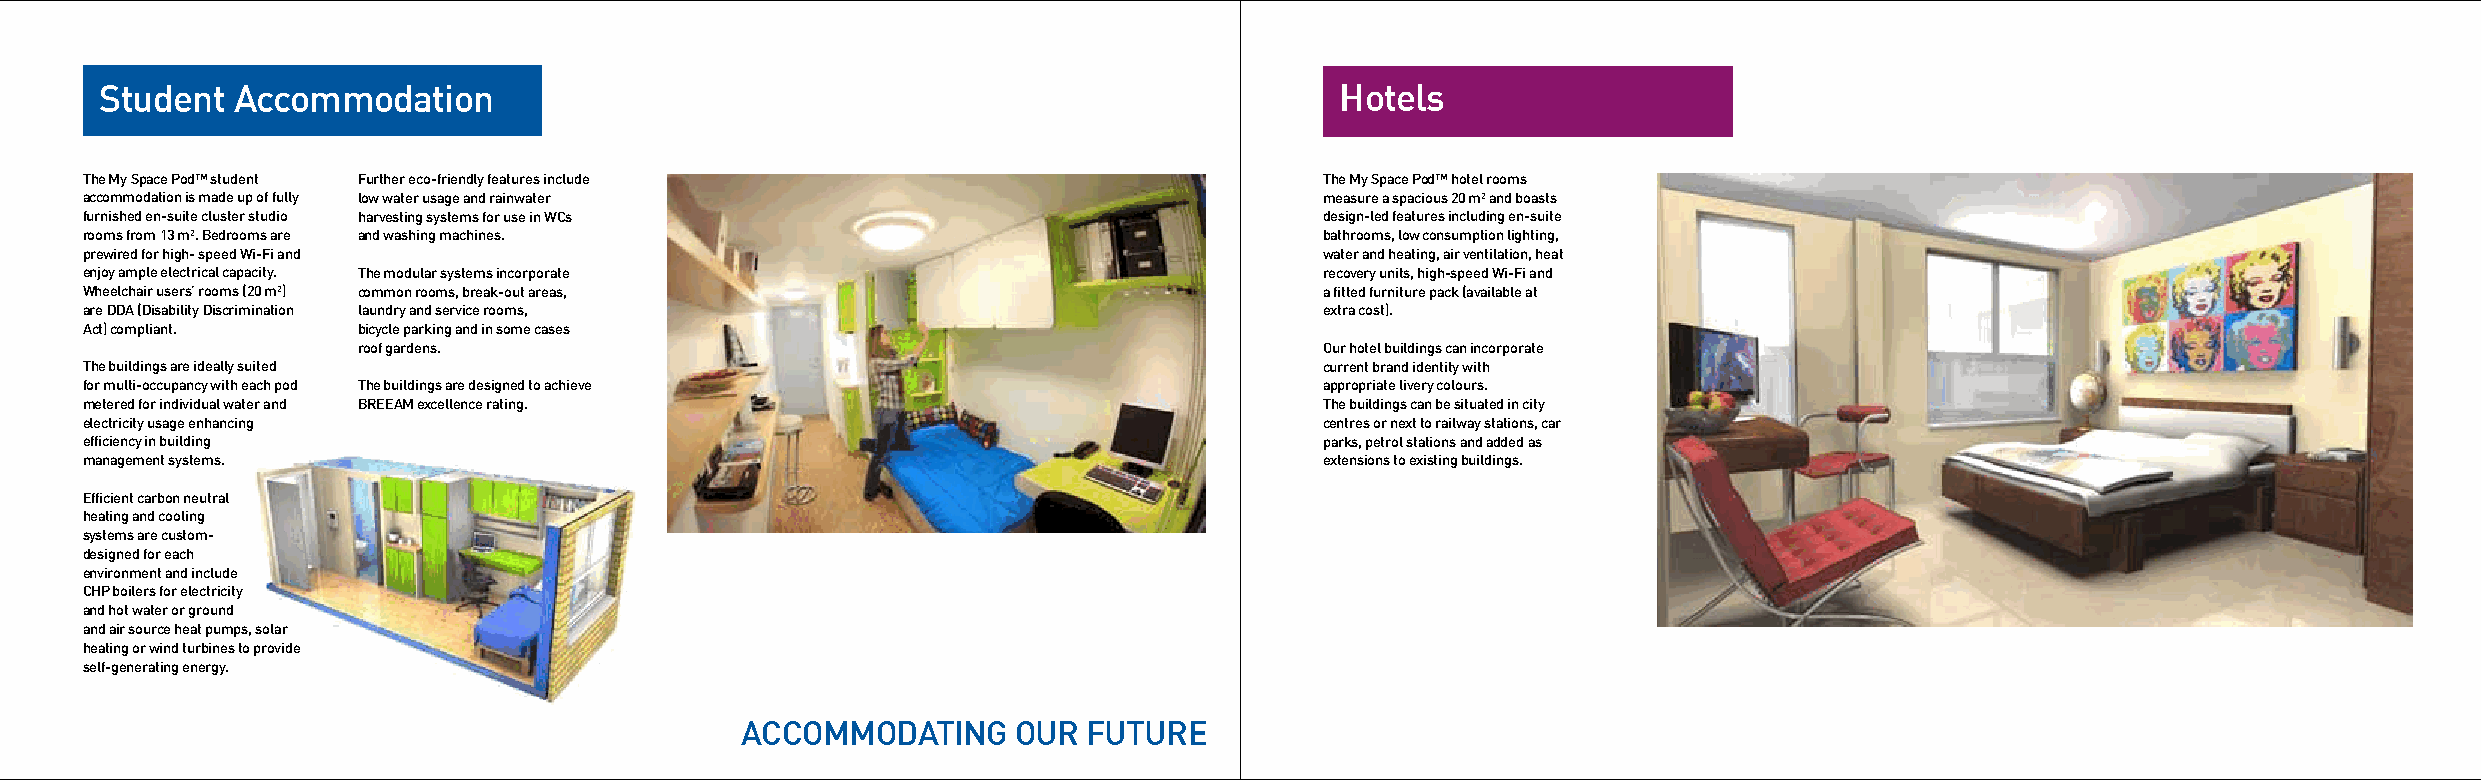
student accommodation                                                             hotels
 the My space pod™ student further eco-friendly features include                    the My space pod™ hotel rooms
 accommodation is made up of fully low water usage and rainwater                    measure a spacious 20 m² and boasts
 furnished en-suite cluster studio harvesting systems for use in Wcs                design-led features including en-suite
 rooms from 13 m². bedrooms are and washing machines.                               bathrooms, low consumption lighting,
 prewired for high- speed Wi-fi and                                                 water and heating, air ventilation, heat
 enjoy ample electrical capacity. the modular systems incorporate                   recovery units, high-speed Wi-fi and
 Wheelchair users’ rooms (20 m²) common rooms, break-out areas,                     a fitted furniture pack (available at
 are dda (disability discrimination laundry and service rooms,                      extra cost).
 act) compliant.    bicycle parking and in some cases
 roof gardens.                                                   our hotel buildings can incorporate
 the buildings are ideally suited                                                   current brand identity with
 for multi-occupancy with each pod the buildings are designed to achieve            appropriate livery colours.
 metered for individual water and breeaM excellence rating.                         the buildings can be situated in city
 electricity usage enhancing                                                        centres or next to railway stations, car
 efficiency in building                                                             parks, petrol stations and added as
 management systems.                                                                extensions to existing buildings.
 efficient carbon neutral
 heating and cooling
 systems are custom-
 designed for each
 environment and include
 chp boilers for electricity
 and hot water or ground
 and air source heat pumps, solar
 heating or wind turbines to provide
 self-generating energy.
 accoMModating     our  future